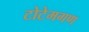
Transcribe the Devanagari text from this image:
टोटेमगण